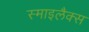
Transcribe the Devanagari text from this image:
स्माइलैक्स